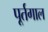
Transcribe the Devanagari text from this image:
पूर्तगाल